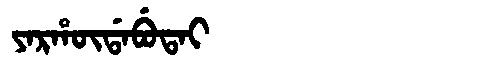
Manchu: ᠶᠠᡵᡥᡡᡩᠠᠪᡠᡨᠠᡳ
Romanization: YARHŪDABUTAI